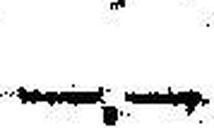
—.—